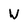
Character: W